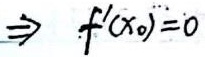
\(\Rightarrow f'(x_0)=0\)